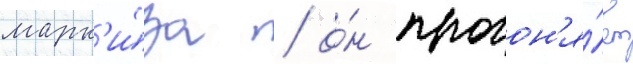
марк'и́за / о́н прогон'я́ет